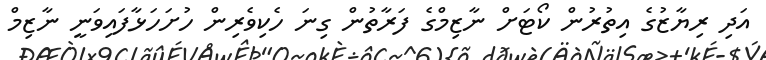
އަދި ރިޔާޒުގެ އިތުރުން ކޯޓަށް ނާޒިމްގެ ފަރާތުން ގިނަ ހެކިވެރިން ހުށަހަޅާފައިވަނީ ނާޒިމް